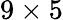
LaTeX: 9\times 5